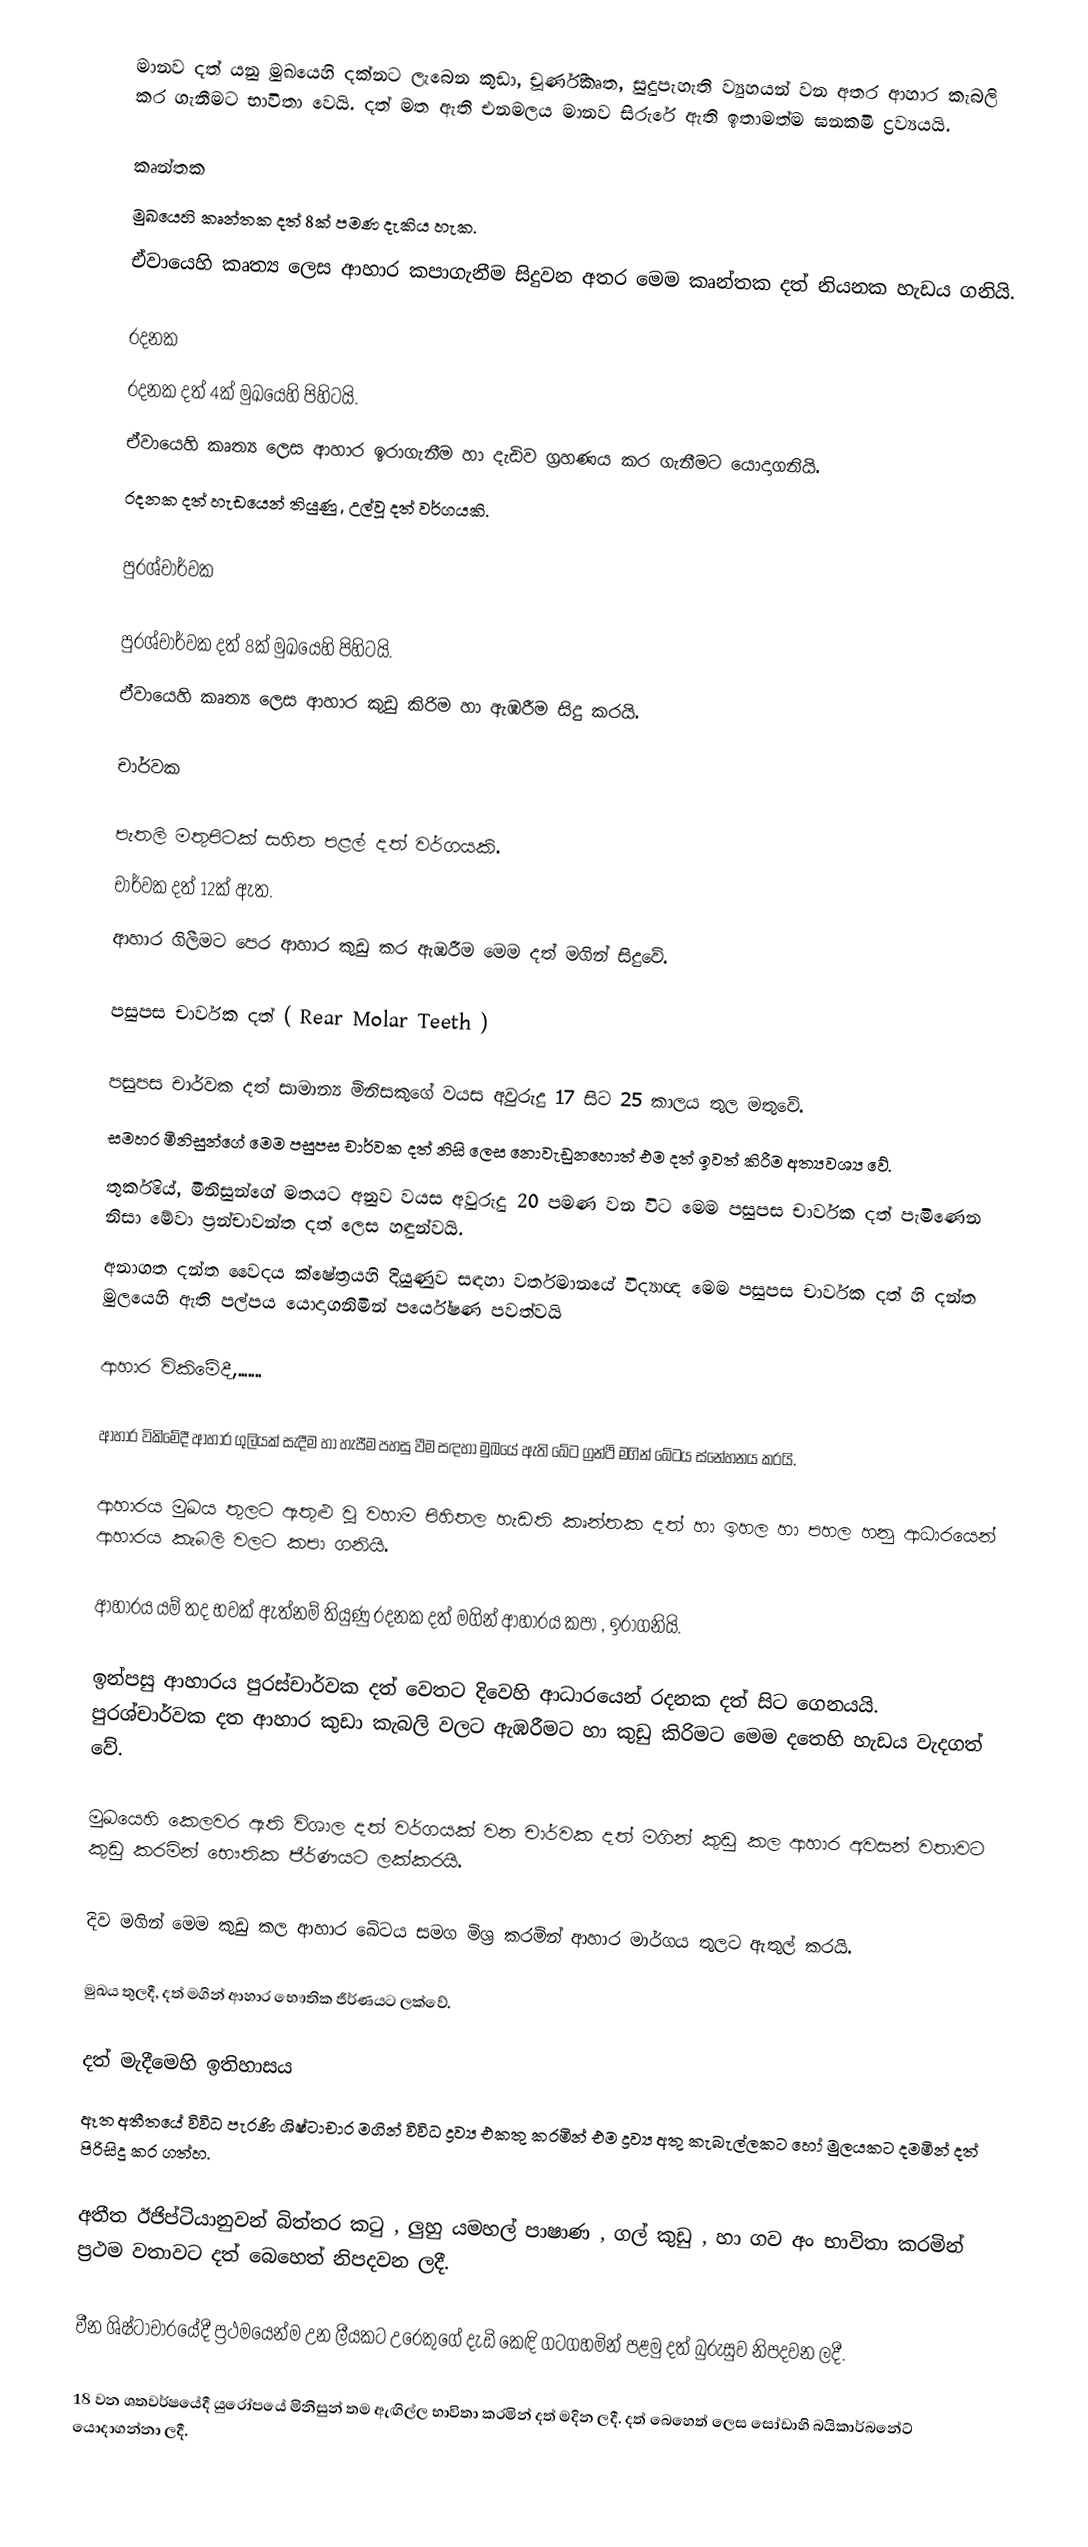
මානව දත් යනු මුඛයෙහි දක්නට ලැබෙන කුඩා, චූර්ණීකෘත, සුදුපැහැති ව්‍යුහයන් වන අතර ආහාර කැබලි කර ගැනීමට භාවිතා වෙයි. දත් මත ඇති එනමලය මානව සිරුරේ ඇති ඉතාමත්ම ඝනකමි ද්‍රව්‍යයයි.

කෘන්තක
	මුඛයෙහි කෘන්තක දත් 8ක් පමණ දැකිය හැක.
	ඒවායෙහි කෘත්‍ය ලෙස  ආහාර කපාගැනීම සිදුවන අතර මෙම කෘන්තක දත් නියනක හැඩය ගනියි.

රදනක
	රදනක දත් 4ක් මුඛයෙහි පිහිටයි.
	ඒවායෙහි කෘත්‍ය ලෙස ආහාර ඉරාගැනීම හා දැඩිව ග්‍රහණය කර ගැනීමට යොදාගනියි.
	රදනක දත් හැඩයෙන් තියුණු , උල්වූ දත් වර්ගයකි.

පුරශ්චාර්වක

	පුරශ්චාර්වක දත් 8ක් මුඛයෙහි පිහිටයි.
	ඒවායෙහි කෘත්‍ය ලෙස ආහාර කුඩු කිරිම හා ඇඹරීම සිදු කරයි.

චාර්වක

	පැතලි මතුපිටක් සහිත පළල් දත් වර්ගයකි.
	චාර්වක දත් 12ක් ඇත.
	ආහාර ගිලීමට පෙර ආහාර කුඩු කර ඇඹරීම මෙම දත් මගින් සිදුවේ.

පසුපස චාර්වක දත් ( Rear Molar Teeth )

පසුපස චාර්වක දත් සාමාන්‍ය මිනිසකුගේ වයස අවුරුදු 17 සිට 25 කාලය තුල මතුවේ.
සමහර මිනිසුන්ගේ මෙම පසුපස චාර්වක දත් නිසි ලෙස නොවැඩුනහොත් එම දත් ඉවත් කිරීම අත්‍යවශ්‍ය වේ.
තුර්කියේ, මිනිසුන්ගේ මතයට අනුව වයස අවුරුදු 20 පමණ වන විට මෙම පසුපස චාර්වක දත් පැමිණෙන නිසා මේවා ප්‍රන්චාවන්ත දත් ලෙස හඳුන්වයි.
අනාගත දන්ත වෛදය ක්ෂේත්‍රයහි දියුණුව සඳහා වර්තමානයේ විද්‍යාඥ මෙම පසුපස චාර්වක දත් හි දන්ත මුලයෙහි ඇති පල්පය යොදාගනිමින් පර්යේෂණ පවත්වයි

ආහාර විකිමේදී,.......

ආහාර විකිමේදී ආහාර ගුලියක් සැදීම හා හැපීම පහසු වීම සඳහා මුඛයේ ඇති ඛේට ග්‍රන්ථි මගින් ඛේටය ස්නේහනය කරයි.

ආහාරය මුඛය තුලට ඇතුළු වූ වහාම පිහිතල හැඩති කෘන්තක දත් හා ඉහල හා පහල හනු ආධාරයෙන් ආහාරය කැබලි වලට කපා ගනියි.

ආහාරය යම් තද භවක් ඇත්නම් තියුණු රදනක දත් මගින් ආහාරය කපා , ඉරාගනියි.

ඉන්පසු ආහාරය පුරස්චාර්වක දත් වෙතට දිවෙහි ආධාරයෙන් රදනක දත් සිට ගෙනයයි. පුරශ්චාර්වක දත ආහාර කුඩා කැබලි වලට ඇඹරීමට හා කුඩු කිරිමට මෙම දතෙහි හැඩය වැදගත් වේ.

මුඛයෙහි කෙලවර ඇති විශාල දත් වර්ගයක් වන චාර්වක දත් මගින් කුඩු කල ආහාර අවසන් වතාවට කුඩු කරමින් භෞතික ජීර්ණයට ලක්කරයි.

දිව මගින් මෙම කුඩු කල ආහාර ඛේටය සමග මිශ්‍ර කරමින් ආහාර මාර්ගය තුලට ඇතුල් කරයි.

මුඛය තුලදී, දත් මගින් ආහාර භෞතික ජීර්ණයට ලක්වේ.

දත් මැදීමෙහි ඉතිහාසය
ඈත අතීතයේ විවිධ පැරණි ශිෂ්ටාචාර මගින් විවිධ ද්‍රව්‍ය එකතු කරමින්  එම ද්‍රව්‍ය අතු කැබැල්ලකට හෝ මුලයකට දමමින් දත් පිරිසිදු කර ගත්හ.

අතීත ඊජිප්ටියානුවන් බිත්තර කටු , ලුහු යමහල් පාෂාණ , ගල් කුඩු , හා ගව අං භාවිතා කරමින් ප්‍රථම වතාවට දත් බෙහෙත් නිපදවන ලදී.

චීන ශිෂ්ටාචාරයේදී ප්‍රථමයෙන්ම උන ලීයකට උරෙකුගේ දැඩි කෙඳි ගටගහමින්  පළමු දත් බුරුසුව නිපදවන ලදී.

18 වන ශතවර්ෂයේදී යුරෝපයේ මිනිසුන් තම ඇඟිල්ල භාවිතා කරමින් දත් මදින ලදී. දත් බෙහෙත් ලෙස සෝඩාහි බයිකාර්බනේට් යොදාගන්නා ලදී.